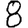
Digit: 8